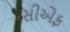
સીએફ